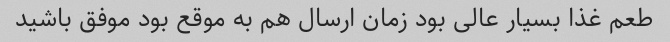
طعم غذا بسیار عالی بود زمان ارسال هم به موقع بود موفق باشید